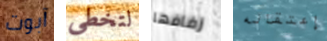
آبوت لتخطي زفافها إعتقاله